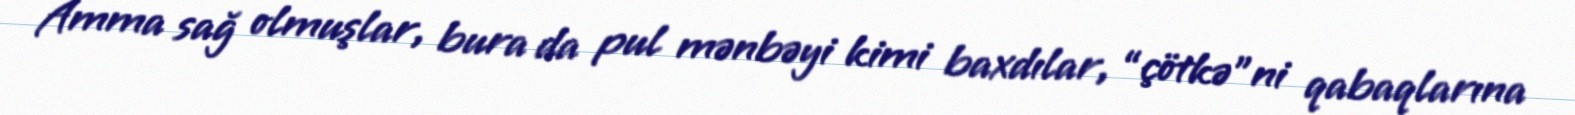
Amma sağ olmuşlar, bura da pul mənbəyi kimi baxdılar, “çötkə”ni qabaqlarına